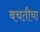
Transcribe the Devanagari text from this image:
बचतीचा